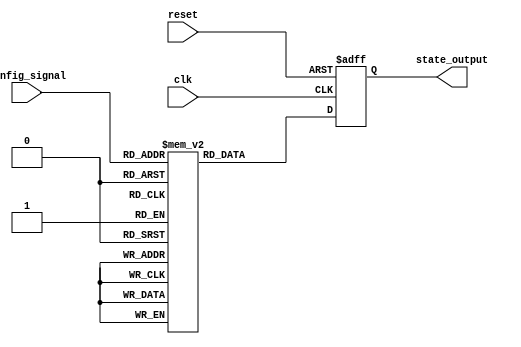
module ConfigurableInitialConditions #(
    parameter NUM_INITIAL_CONDITIONS = 4, // Number of predefined initial conditions
    parameter STATE_WIDTH = 8              // Width of the state output
)(
    input wire [1:0] config_signal,        // Configuration signal to select initial state
    input wire reset,                      // Reset signal (active high)
    input wire clk,                        // Clock signal
    output reg [STATE_WIDTH-1:0] state_output // State output
);

// Define the predefined initial conditions
reg [STATE_WIDTH-1:0] initial_conditions [0:NUM_INITIAL_CONDITIONS-1];

initial begin
    // Initialize the predefined states (example values)
    initial_conditions[0] = 8'b00000000; // State 0
    initial_conditions[1] = 8'b00000001; // State 1
    initial_conditions[2] = 8'b00000010; // State 2
    initial_conditions[3] = 8'b00000011; // State 3
end

// Default state when reset is asserted
reg [STATE_WIDTH-1:0] default_state = 8'b11111111; // Example default state

always @(posedge clk or posedge reset) begin
    if (reset) begin
        // Load default state on reset
        state_output <= default_state;
    end else begin
        // Update state based on the configuration signal
        state_output <= initial_conditions[config_signal];
    end
end

endmodule